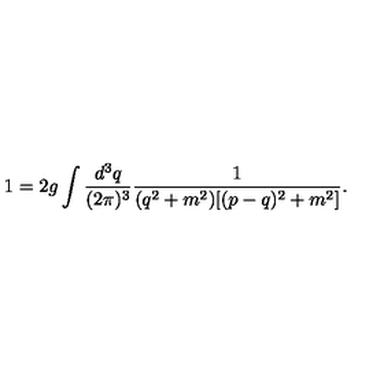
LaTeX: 1 = 2 g \int \frac { d ^ { 3 } q } { ( 2 \pi ) ^ { 3 } } \frac { 1 } { ( q ^ { 2 } + m ^ { 2 } ) [ ( p - q ) ^ { 2 } + m ^ { 2 } ] } .